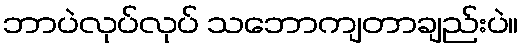
ဘာပဲလုပ်လုပ် သဘောကျတာချည်းပဲ။